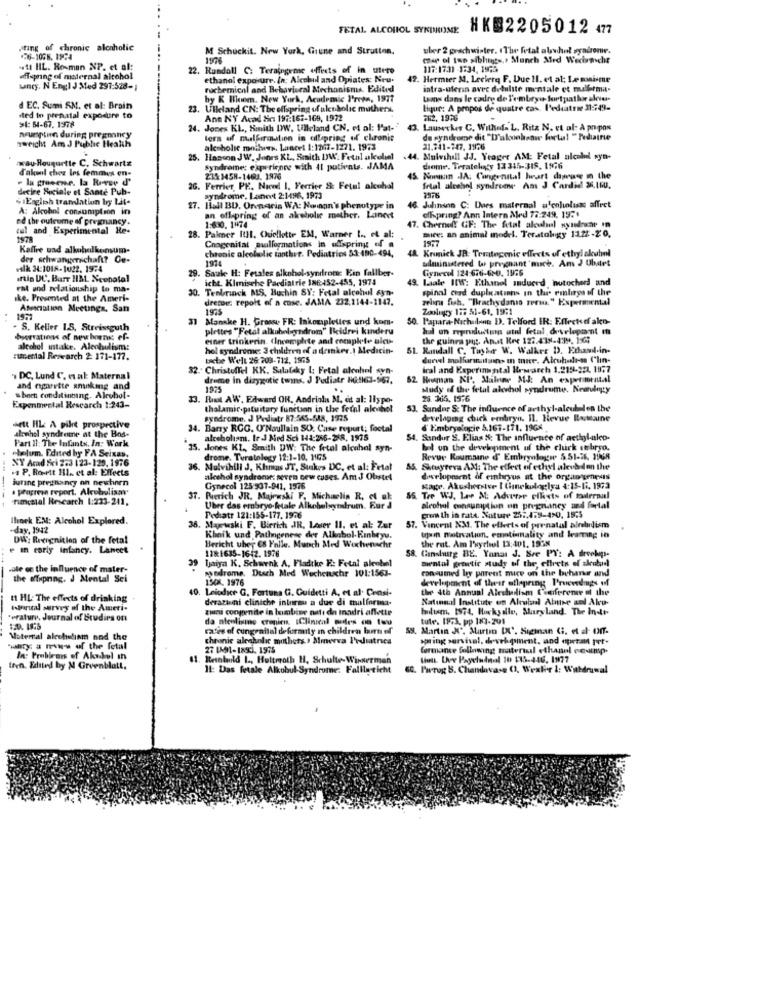
FETAL ALCOHOL SYROROME
HKB2205012 477
sting of chronic alcoholic
M Schuckit. New York, Grune and Stratton.
uber 2 prachwister. (The fetal abvhol syndrone.
26-1066. 1994
1976
mar ol tan siblings,t Munch Med Wecheche
.ti HIL. Rosman NP. et al:
22. Rundall C: Teraingeme effects of in utero
117:17:31 -1:34, 1973.
offspring of maternal alcohol
ethanol exposure. In; Alcohol and Opiates: Nru.
42. Hermier M. Leclerq F. Due 11. et al: Le maisme
Ancy. N Engl J Med 297:528-1
ruchemical and Behavioral Mechanisms. Edited
intra-ulenin avec delulste mentale et mulbrma-
by K Boom. New York, Academic P'rets, 1977
Laans dans le cadre de l'embeyu- fortpatbir alciu-
d EC. Sumi SM. et al: Brain
23. Ulleland CN: The offspring of alcoholic muthers.
Hour: A propos de quatre cas. Pediatrie 31:749-
sted to prenatal exposure to
$1: 54-67. 1978
Ane NY Acad Sin 197:162-169, 1972
262, 1976
24. Jones KL, Smith WWW. Ulleland CN, et al: "'at-"
1. Lausecker C. Wilhela L. Rita N. et al: A popos
wvuptinn during pregnancy
tors of malformation in ollapring of chronic
de syndrome dit "D'alcoolsase fortal "Pediatrie
zweicht Am J Pubhe Health
alcoholic moilues. Lancet 1:1247-1271. 1973
21.841-147. 1976
way Rouquette C. Schwartz
25. Hlascon JW. Jonrs KL. Smith DW: Fetal akoliel
.44. Mulvihall JJ. Yeager AM: Fetal alcoldl syn-
d'akool chez les femmes en-
Syndrome: experience with it patients. JAMA
come. Teratelaty 13345-318. 1976
" lu grosene. la Revue d'
21%1458-1463.1976
45. Noenan .JA, Congenital Iwart dayuse in the
decire Sociale et Sante Pub-
G. Ferrier PE. Niced I. Ferrier & Fetal alcohol
fetal alcohol syndroene Am J Cardid 36.160.
. IEngich trarelation by Lit-
syndrome. Lainert 2:1496, 1973
A: Alcohol consumption in
27. Hall BD. Orenaris WA: Nonnon's phenotype in
46 Juhninn C: Does maternal alenloluns affect
ed the outcome of pregnancy.
an offspring of an akrebolic mother. Lancet
ofhpring? Ann Intern Med 78:249, 1971
tul and Experimental Re-
1:630. 1474
17. Chernoff GF: The fetal alcohol syndrome in
mice: an animal model. Teratology 1122-20,
28. Palmer ItHl, Ouellette EM, Warner 1 .. et al:
1937
Kaffre sad alkoholkonsum-
Chogenital malformations in albpring of a
chronic alcoholic tanther. Pediatrics 53:480-494,
48 Krumnick JR: Teratogenic effects of ethyl alcohol
der schwangerschaft? Ou-
administered Wu pregnant "much. Am J Ubatet
valk 34:1018-1022. 1974
29.
Saule H: Fetales alkohol-syndrom: Ein fallber-
Gynecell 124:676-620. 1876
.rin DU. Barr HIML. Neonatal
iche. Kimische Paediatric 186:452-455, 1974
49. Lale IIW: Ethanol induced hutochedd and
Fa und relationship to ma-
30. Tenkerinck MS. Buchin SY: Fetal alcohol syn-
spinal cord duplications in the emlirys of the
ke. Presented at the Ameri-
dresse: repolt of a cose. JAMA 232,2144-1147.
zebra fish. "Brachy danio rerio," Experimental
Ascation Meetings, San
1975
Zoology 175 51-61, 1971
31
Manske H. Grosse FR: Inkomplettes und kom.
50. Papara-Nachelann D. Telford ER: Eflecke ako-
S. Keller I.S. Streissguth
plettes "Fetal alkuhabendrom" Beidrei kinderu
hal on reproduiten atd fetal, developsont m
beerrations of new horns: ef-
einer trinkerin. (Incomplete and complete alcu-
the guinea put. Anat Ree 122.438-439, 16:
alcohol ustake. Alcoholism:
hol syndrome: 3 children of a drinker.I Medicin-
51. Randall C. Tayher W. Walker D. Ethaml-in-
turental Research 2 171-177.
the Well 26:208-712. 1975
dureel malfurmitains In tune. Alcuhadde-m ('lin-
32. Christoffel KK. Salalaky I: Fetal alcohol syn-
iral and Experimental Bryarch 1.215-22, 1877
" DC, Lund C. es ak: Maternal
drome in dizygotic twins. J Pediatr HG1l61-967.
52 Hraman KI, Malner MJ: An experimental
and opprette amokmg and
1975
Mudy of the fetal alcohol syndrome. Newvlogty
short conditioning. Alcohol-
33. Ruot AW. Edward OR. Andriolu M. et al: 11ypo-
28. 365. 1576
Expenmental Research 1:243-
thalamic-pituitary function in the fetal alcuhet
53. Sandnr S: The influence of arthyl-alcubalen the
syndrome. J Pediatr 87:545.548, 1975
developing chick embryo. Il. Revue BoMaine
sett HL: A pile prospective
34. Barry RCG. O'Naullain SO. Case report; foctal
& Embryologie 5.167-171. 1968
stenhol syndrome at the Bios-
Part il: The Infants, In: Work
alcoholism. Ir J Med Sci 144:266-268, 1975
54. Sandur S. Elias &: The influence of actiylalco-
.bolum. Edited by FA Seixas,
35. Jones KL, Smith DW: The fetal alcuhal syn-
bal on the development of the clurk embryo.
XY Ard Sei 233 123-129. 1976
drome. Turatology 12:1-10, 1G5
Revue Roumaine d' Embryologie 5.51-76, 3968
. P. Rosett 111. et al: Effects
36. Mulvihill J. Khmus JT, Stakes DC, et al: Fetal
85. Sheuyreva AM: The effect of ethyl alevbidon the
iurine pregnancy on newhorn
alcohol syndrome: seven new cuses. Am J Obstel
development of embryus at the organ genesis
---
. Progress report. Alcoholisar
Gynecol 125'537-941, 1576
Kage. Akushorstve I Chinekologiya 4:15-17. 1973
Timcatal Research 1:233-241,
37. Pierich JR. Majewski F. Michaelis R, el uk:
55. Tre WJ. Love M: Adverse effects of tilrraal
Uber das embryo-fetale Alkoholsyndrom. Fur d
alcohol consumption on pregnancy ned fortal
Ilinck EM: Alcohol Explored.
whatr 121:155-177. 1976
growth in rats. Suture 251.478-490, 1575
-day, 1942
Marteski F. Bierich JR. Leser II. et al: Zur
57. Vincent X3. The effects of prenatal alrebrdism
DWl': Recognition of the fetal
Khoik und Pathogenese der Alkohol. Finbeyu.
the rut. Am I'wychel 13:401, 1938
upsin motivation, comtiality and leaming in
e in carly infancy. Lancet
1181635-1642. 1976
Bericht uher CS Falle. Munch Med Wochenschr
58. Ginsburg BE. Yanar J. Bre PY: A drvolpi-
39 Ijaiya K. Schwenk A, Fladtke E: Fetal alechel
mental genetic study of the, offrets of alcubid
vole on the influence of mater-
my odrome, Dusch Med Wuchenschr 101:1563-
consumed by parent mice on the beharer and
the offspring. J Mental Sei
1906. 1976
development of thesr ullepring Proceedings of
40. Leiodice G. Fortuna G. Guidetti A, et al. Censi-
the 4th Annual Alechelism Conference of the
1 HL: The effects of drinking
derazuni cliniche intorou a due di malformna-
National Institute on Alculnl Attise sol Alco-
Wienimi survey of the Ameri-
zii congenite in bobine nati dn Inadri affette
hultsm. 1574, Hockyalle, Maryland. The Indir
*erature, Journal of Studies on
da nienlisme cronien. [Clinical modes on twu
tute. IF:3, pp 181-201
rates of cungraital deformuly in children burn of
SS. Martin N". Martin IX'. Sieman G. et al- OfT.
Maternal alcoholism and the
chronic alcoholic mothers.> Mmeeva Prestrica
spring survival, devek pinent, and operat per-
hanry a mwww of the fetal
27 1AM-INSC), 1975
formance following material ethanol comp-
In: Problemis of Akubel in
11. Resolaold 1 ., Hultroth H, Schulte- Wisserman
Vient De Payeludml 10 135-446, 1977
Iron. Edited by A Greenblatt,
14: Das fetale Alkobul-Syndrome: Falllericht
. Pwrog 8. Chandavase (1, Wexler 1: Withdrawal